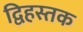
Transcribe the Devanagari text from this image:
द्विहस्तक